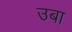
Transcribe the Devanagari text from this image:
उबा